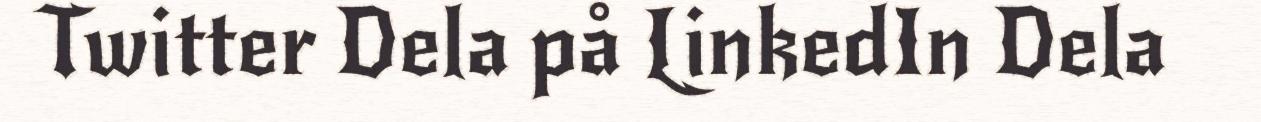
Twitter Dela på LinkedIn Dela